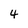
Character: 4